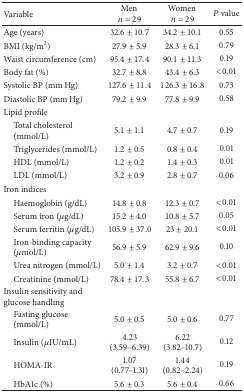
<table><thead><tr><td><b>Variable</b></td><td><b>Men <i>n</i> = 29</b></td><td><b>Women <i>n</i> = 29</b></td><td><b><i>P</i> value</b></td></tr></thead><tbody><tr><td>Age (years)</td><td>32.6 ± 10.7</td><td>34.2 ± 10.1</td><td>0.55</td></tr><tr><td>BMI (kg/m<sup>2</sup>)</td><td>27.9 ± 5.9</td><td>28.3 ± 6.1</td><td>0.79</td></tr><tr><td>Waist circumference (cm)</td><td>95.4 ± 17.4</td><td>90.1 ± 11.3</td><td>0.19</td></tr><tr><td>Body fat (%)</td><td>32.7 ± 8.8</td><td>43.4 ± 6.3</td><td>&lt;0.01</td></tr><tr><td>Systolic BP (mm Hg)</td><td>127.6 ± 11.4</td><td>126.3 ± 16.8</td><td>0.73</td></tr><tr><td>Diastolic BP (mm Hg)</td><td>79.2 ± 9.9</td><td>77.8 ± 9.9</td><td>0.58</td></tr><tr><td>Lipid profile</td><td> </td><td> </td><td> </td></tr><tr><td> Total cholesterol(mmol/L)</td><td>5.1 ± 1.1</td><td>4.7 ± 0.7</td><td>0.19</td></tr><tr><td> Triglycerides (mmol/L)</td><td>1.2 ± 0.5</td><td>0.8 ± 0.4</td><td>0.01</td></tr><tr><td> HDL (mmol/L)</td><td>1.2 ± 0.2</td><td>1.4 ± 0.3</td><td>0.01</td></tr><tr><td> LDL (mmol/L)</td><td>3.2 ± 0.9</td><td>2.8 ± 0.7</td><td>0.06</td></tr><tr><td>Iron indices</td><td> </td><td> </td><td> </td></tr><tr><td> Haemoglobin (g/dL)</td><td>14.8 ± 0.8</td><td>12.3 ± 0.7</td><td>&lt;0.01</td></tr><tr><td> Serum iron (<i>μ</i>g/dL)</td><td>15.2 ± 4.0</td><td>10.8 ± 5.7</td><td>0.05</td></tr><tr><td> Serum ferritin (<i>μ</i>g/dL)</td><td>105.9 ± 37.0</td><td>23 ± 20.1</td><td>&lt;0.01</td></tr><tr><td> Iron-binding capacity(<i>μ</i>mol/L)</td><td>56.9 ± 5.9</td><td>62.9 ± 9.6</td><td>0.10</td></tr><tr><td> Urea nitrogen (mmol/L)</td><td>5.0 ± 1.4</td><td>3.2 ± 0.7</td><td>&lt;0.01</td></tr><tr><td> Creatinine (mmol/L)</td><td>78.4 ± 17.3</td><td>55.8 ± 6.7</td><td>&lt;0.01</td></tr><tr><td>Insulin sensitivity and glucose handling</td><td> </td><td> </td><td> </td></tr><tr><td> Fasting glucose(mmol/L)</td><td>5.0 ± 0.5</td><td>5.0 ± 0.6</td><td>0.77</td></tr><tr><td> Insulin (<i>μ</i>IU/mL) </td><td>4.23 (3.59–6.39)</td><td>6.22 (3.82–10.7)</td><td>0.12</td></tr><tr><td> HOMA-IR</td><td>1.07 (0.77–1.31)</td><td>1.44 (0.82–2.24)</td><td>0.19</td></tr><tr><td> HbA1c (%)</td><td>5.6 ± 0.3</td><td>5.6 ± 0.4</td><td>0.66</td></tr></tbody></table>